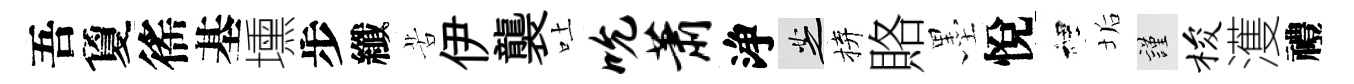
吾夐徭基壎步纖苦伊襲吐吮萧浄芝拚賂墨悅裡垢謹梭濩禮